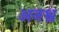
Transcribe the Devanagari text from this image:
अनश्व